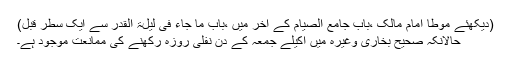
(دیکھئے مؤطا امام مالک ،باب جامع الصیام کے آخر میں ،باب ما جاء فی لیلۃ القدر سے ایک سطر قبل)
حالانکہ صحیح بخاری وغیرہ میں اکیلے جمعہ کے دن نفلی روزہ رکھنے کی ممانعت موجود ہے۔